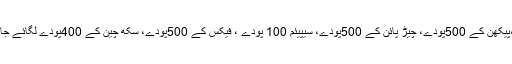
کاٹے جانے والے درختوں کے بدلے الیسٹونیا کی500پودے،پیکھن کے 500پودے، چیڑ پائن کے 500پودے، سیپیئم 100 پودے ، فیکس کے 500پودے، سکھ چین کے 400پودے لگائے جائیں گے اور پانچ لاکھ مربع فٹ پر گھاس بھی لگایا جائے گا۔